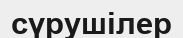
сүрушілер